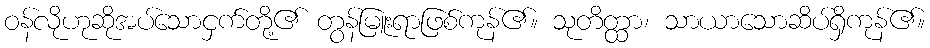
ဝန်လိုဟုဆိုအပ်သောငှက်တို့၏ တွန်မြူးရာဖြစ်ကုန်၏။ သုတိတ္ထာ၊ သာယာသောဆိပ်ရှိကုန်၏။